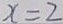
x = 2